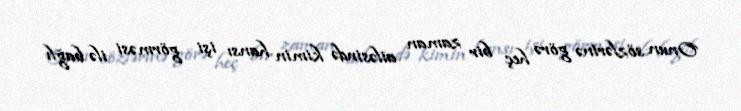
Onun sözlərinə görə heç bir zaman ailəsində kimin hansı işi görməsi ilə bağlı